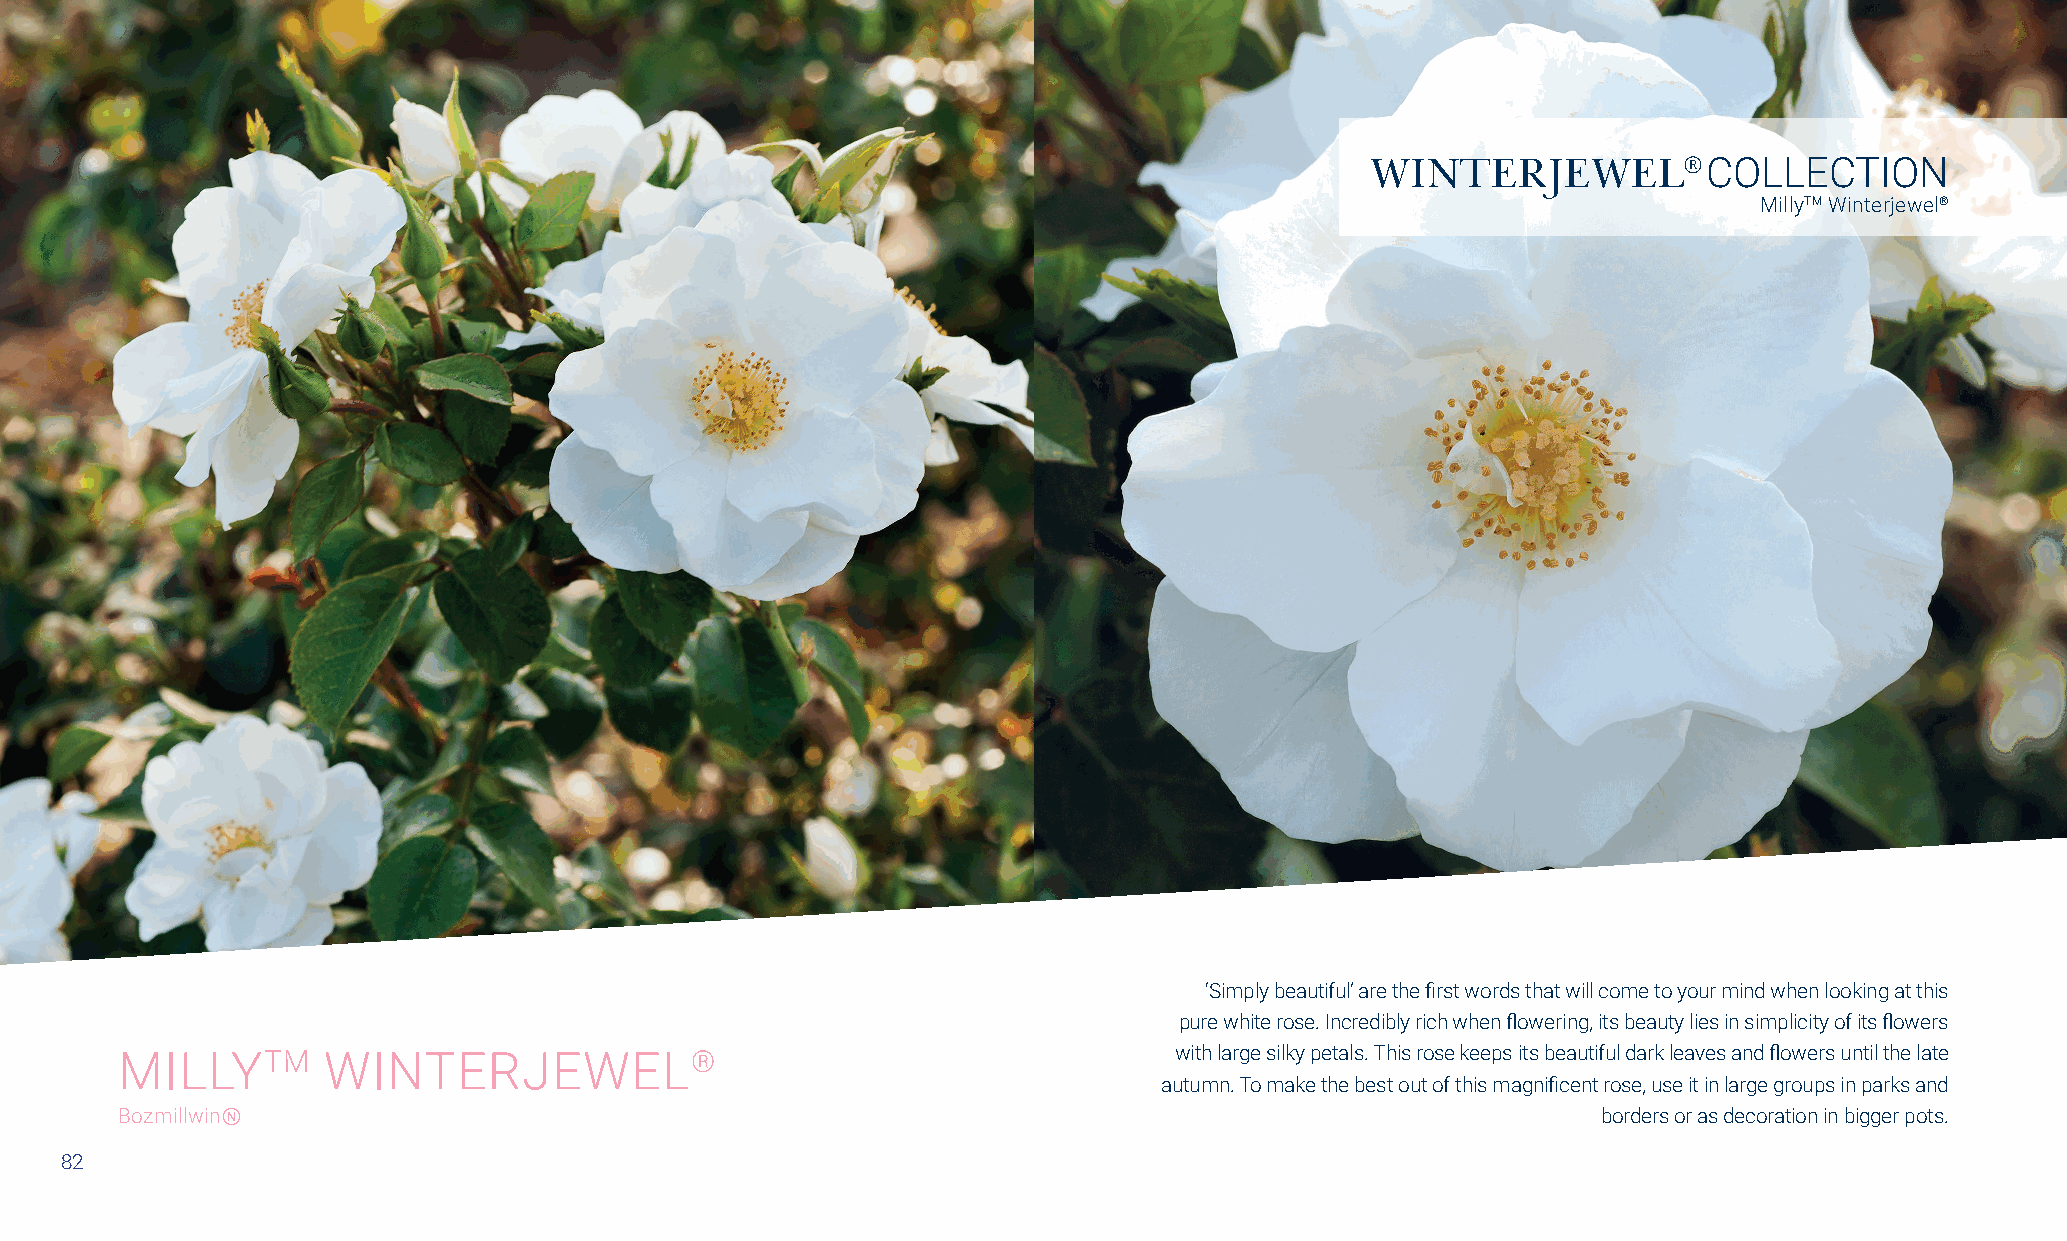
WINTERJEWEL®          COLLECTION
 MillyTM Winterjewel®
 ‘Simply beautiful’ are the first words that will come to your mind when looking at this
 pure white rose. Incredibly rich when flowering, its beauty lies in simplicity of its flowers
 MILLYTM      WINTERJEWEL®                                             with large silky petals. This rose keeps its beautiful dark leaves and flowers until the late
 autumn. To make the best out of this magnificent rose, use it in large groups in parks and
 BozmillwinⓃ                                                                                       borders or as decoration in bigger pots.
 82